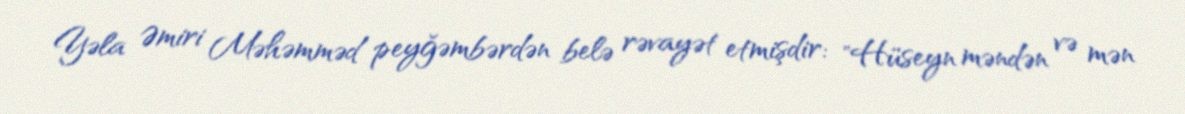
Yəla Əmiri Məhəmməd peyğəmbərdən belə rəvayət etmişdir: "Hüseyn məndən və mən